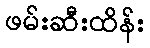
ဖမ်းဆီးထိန်း